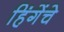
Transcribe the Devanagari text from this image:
हिंगेंचे